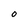
Character: O